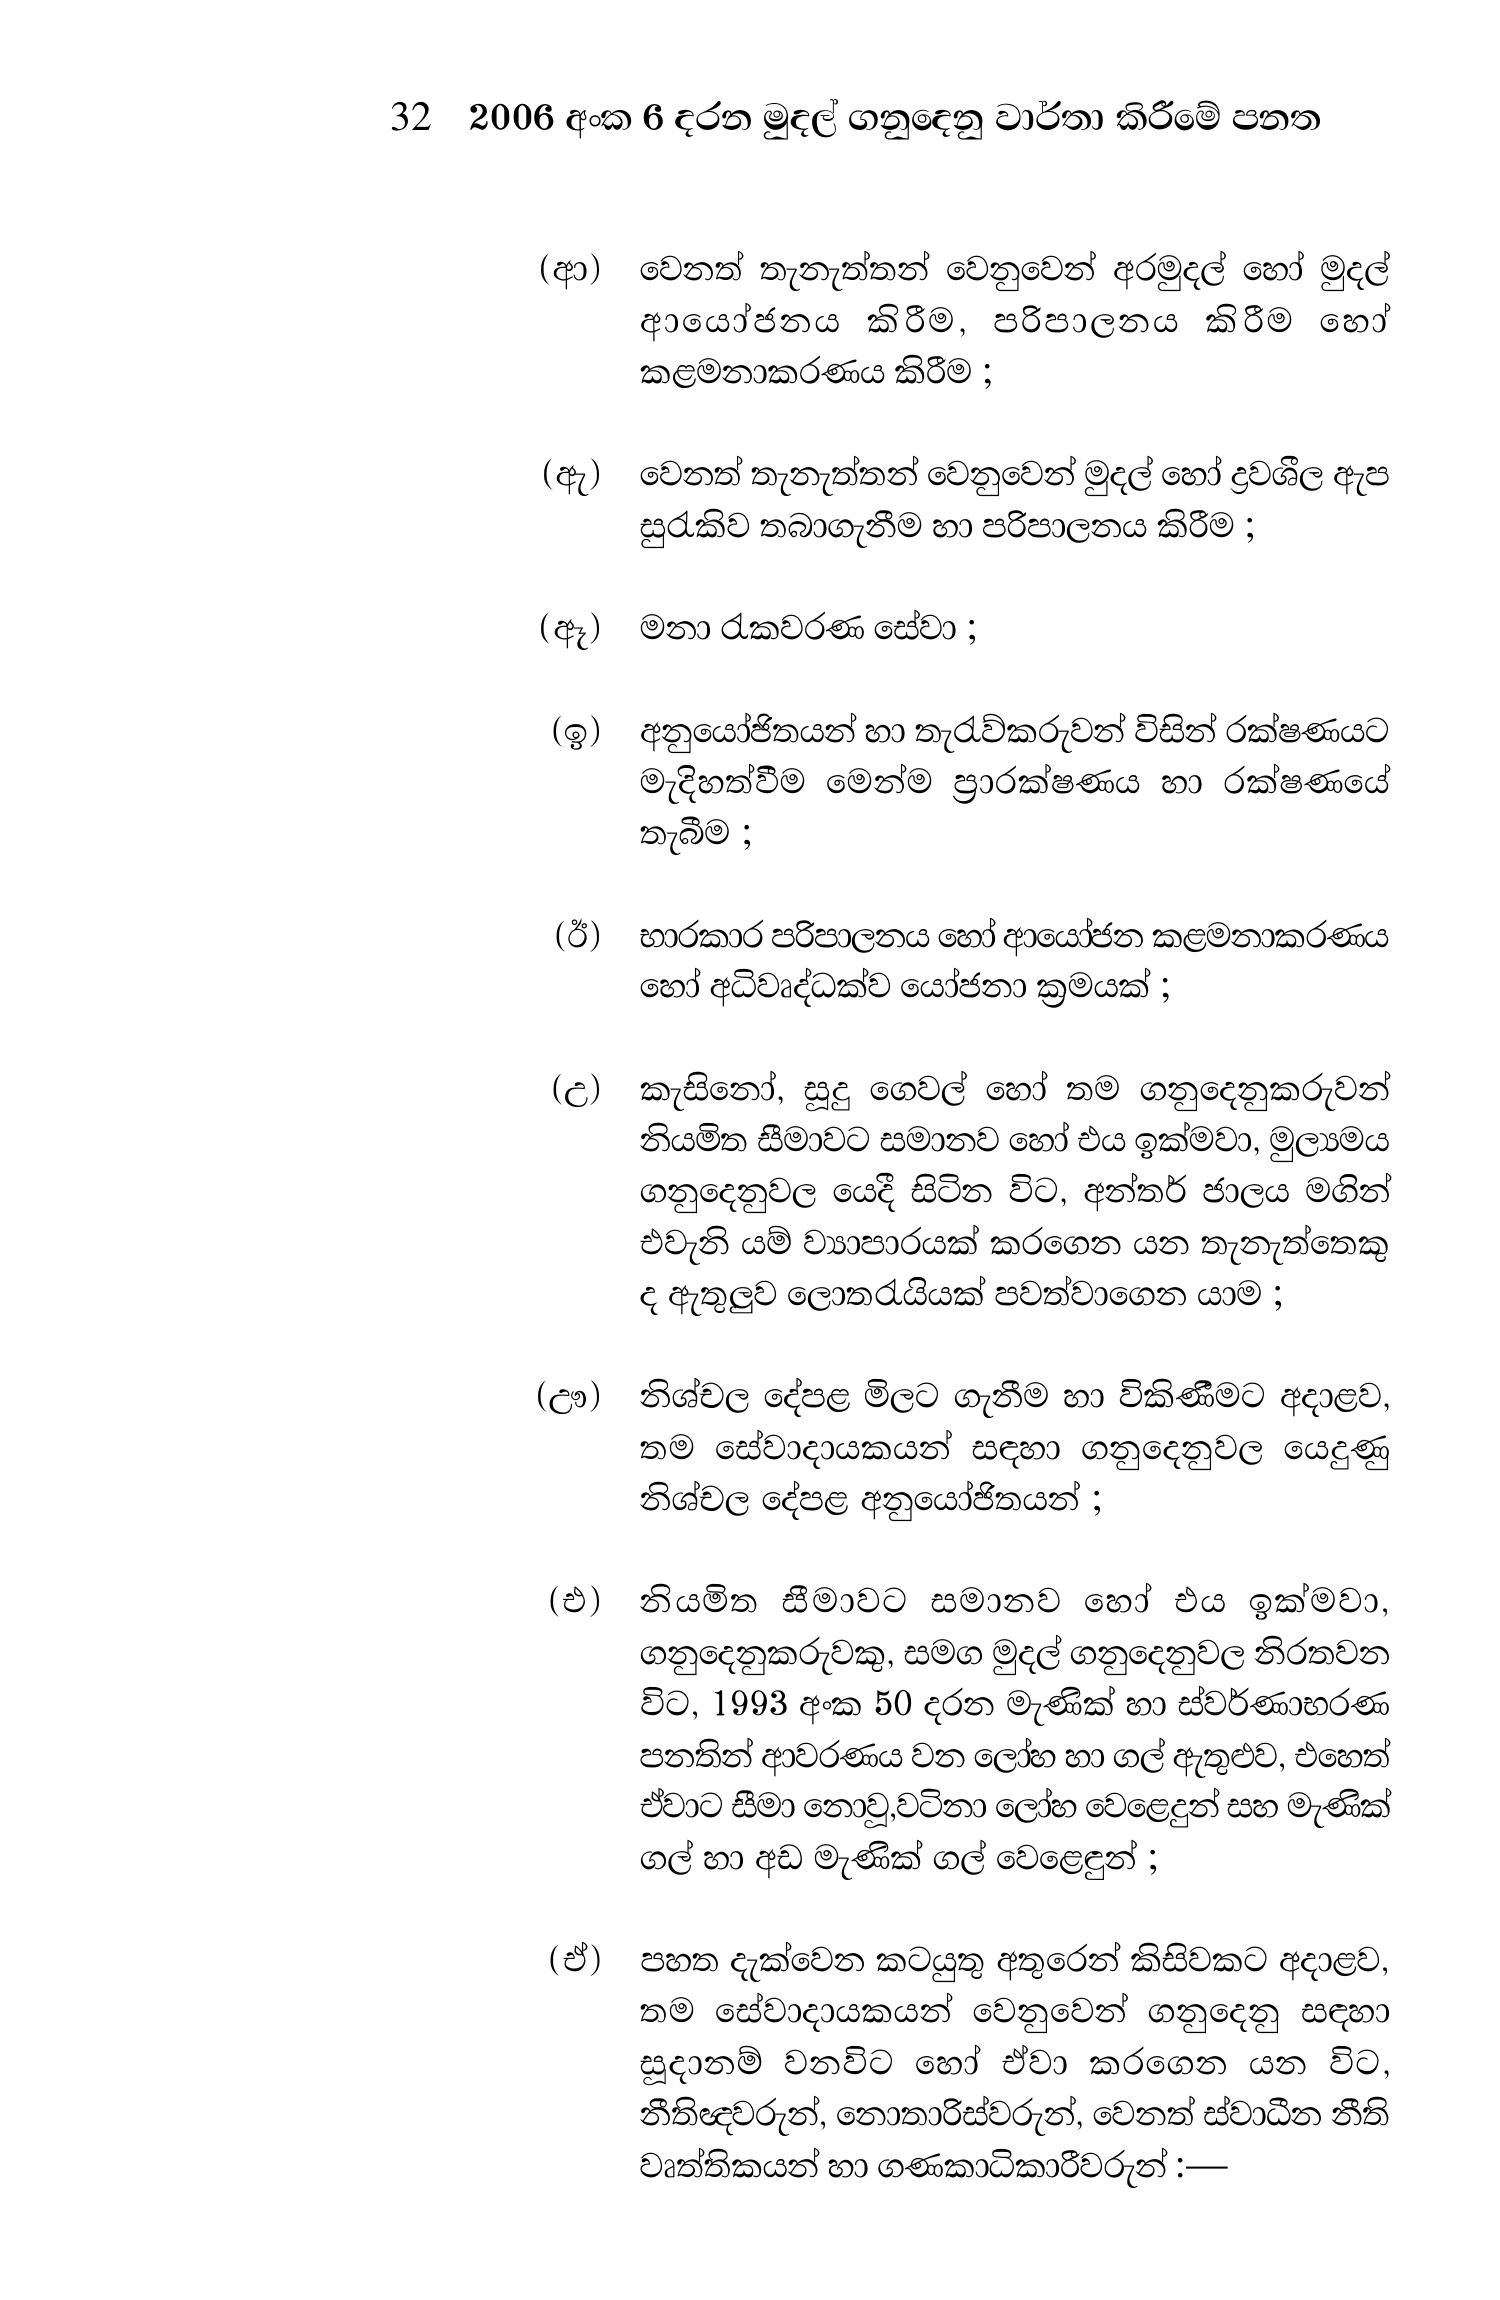
32 2006 අංක 6 දරන මුදල් ගනුදෙනු වාර්තා කිරීමේ පනත

(ආ) වෙනත් තැනැත්තන් වෙනුවෙන් අරමුදල් හෝ මුදල්
ආයෝජනය කිරීම, පරිපාලනය කිරීම හෝ
කළමනාකරණය කිරීම ;

(ඇ) වෙනත් තැනැත්තන් වෙනුවෙන් මුදල් හෝ ද්‍රවශීල ඇප
සුරැකිව තබාගැනීම හා පරිපාලනය කිරීම ;

(ඈ) මනා රැකවරණ සේවා ;

(ඉ) අනුයෝජිතයන් හා තැරැව්කරුවන් විසින් රක්ෂණයට
මැදිහත්වීම මෙන්ම ප්‍රාරක්ෂණය හා රක්ෂණයේ
තැබීම ;

(ඊ) භාරකාර පරිපාලනය හෝ ආයෝජන කළමනාකරණය
හෝ අධිවෘද්ධක්ව යෝජනා ක්‍රමයක් ;

(උ) කැසිනෝ, සූදු ගෙවල් හෝ තම ගනුදෙනුකරුවන්
නියමිත සීමාවට සමානව හෝ එය ඉක්මවා, මුල්‍යමය
ගනුදෙනුවල යෙදී සිටින විට, අන්තර් ජාලය මගින්
එවැනි යම් ව්‍යාපාරයක් කරගෙන යන තැනැත්තෙකු
ද ඇතුලුව ලොතරැයියක් පවත්වාගෙන යාම ;

(ඌ) නිශ්චල දේපළ මිලට ගැනීම හා විකිණීමට අදාළව,
තම සේවාදායකයන් සඳහා ගනුදෙනුවල යෙදුණු
නිශ්චල දේපළ අනුයෝජිතයන් ;

(එ) නියමිත සීමාවට සමානව හෝ එය ඉක්මවා,
ගනුදෙනුකරුවකු, සමග මුදල් ගනුදෙනුවල නිරතවන
විට, 1993 අංක 50 දරන මැණික් හා ස්වර්ණාභරණ
පනතින් ආවරණය වන ලෝහ හා ගල් ඇතුළුව, එහෙත්
ඒවාට සීමා නොවූ,වටිනා ලෝහ වෙළෙදුන් සහ මැණික්
ගල් හා අඩ මැණික් ගල් වෙළෙඳුන් ;

(ඒ) පහත දැක්වෙන කටයුතු අතුරෙන් කිසිවකට අදාළව,
තම සේවාදායකයන් වෙනුවෙන් ගනුදෙනු සඳහා
සූදානම් වනවිට හෝ ඒවා කරගෙන යන විට,
නීතිඥවරුන්, නොතාරිස්වරුන්, වෙනත් ස්වාධීන නීති
වෘත්තිකයන් හා ගණකාධිකාරීවරුන්:—